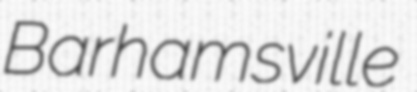
Barhamsville